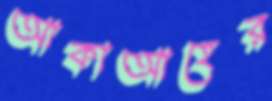
আকাআহের